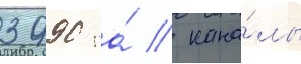
3990 га́ / кана́лы